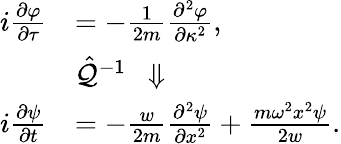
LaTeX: \begin{array}{rl}{i\frac{\partial\varphi}{\partial\tau}}&{=-\frac{1}{2m}\frac{\partial^{2}\varphi}{\partial\kappa^{2}},}\\ &{\hat{\mathcal{Q}}^{-1}~~\Downarrow}\\ {i\frac{\partial\psi}{\partial t}}&{=-\frac{w}{2m}\frac{\partial^{2}\psi}{\partial x^{2}}+\frac{m\omega^{2}x^{2}\psi}{2w}.}\end{array}